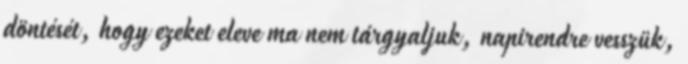
döntését, hogy ezeket eleve ma nem tárgyaljuk, napirendre vesszük,